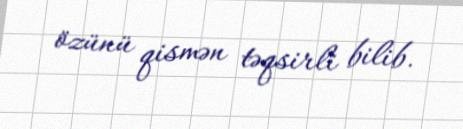
özünü qismən təqsirli bilib.